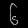
Digit: ၆